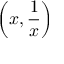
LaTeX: \left( x , { \frac { 1 } { x } } \right)